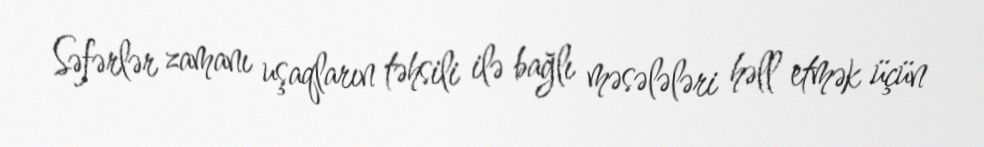
Səfərlər zamanı uşaqların təhsili ilə bağlı məsələləri həll etmək üçün